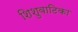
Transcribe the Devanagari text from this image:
शिशुवाटिका